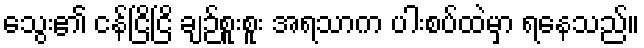
သွေး၏ ငန်ငြိငြိ ချဉ်စူးစူး အရသာက ပါးစပ်ထဲမှာ ရနေသည်။